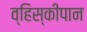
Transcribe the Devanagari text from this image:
व्हिस्कीपान